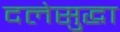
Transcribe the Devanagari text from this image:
दलेसुद्धा